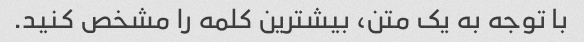
با توجه به یک متن، بیشترین کلمه را مشخص کنید.